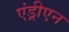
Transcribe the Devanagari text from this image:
एंड्रीएन